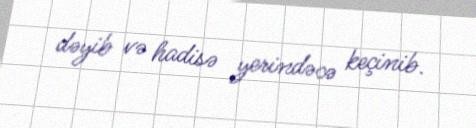
dəyib və hadisə yerindəcə keçinib.